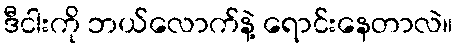
ဒီငါးကို ဘယ်လောက်နဲ့ ရောင်းနေတာလဲ။